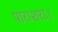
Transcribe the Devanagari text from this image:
पाराशराः।